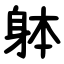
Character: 躰